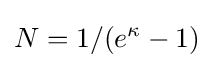
N=1/(e^{\kappa }-1)